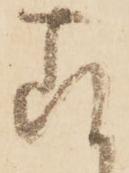
存